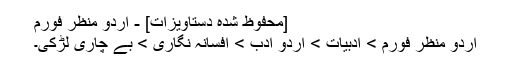
[محفوظ شدہ دستاويزات] - اردو منظر فورم
اردو منظر فورم > ادبيات > اردو ادب > افسانہ نگاری > بے چاری لڑکی۔